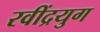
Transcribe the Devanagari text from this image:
रवींद्रयुग